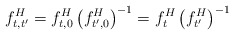
\begin{align*}f_{t,t^{\prime}}^{H}=f_{t,0}^{H}\left( f_{t^{\prime},0}^{H}\right)^{-1}=f_{t}^{H}\left( f_{t^{\prime}}^{H}\right) ^{-1} \end{align*}